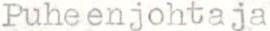
Puheenjohtaja